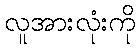
လူအားလုံးကို